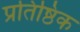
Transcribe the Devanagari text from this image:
प्रतिष्ठिक